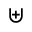
\uplus